Report on the cholera epidemic of
Year: 1868
Disease focus: Cholera
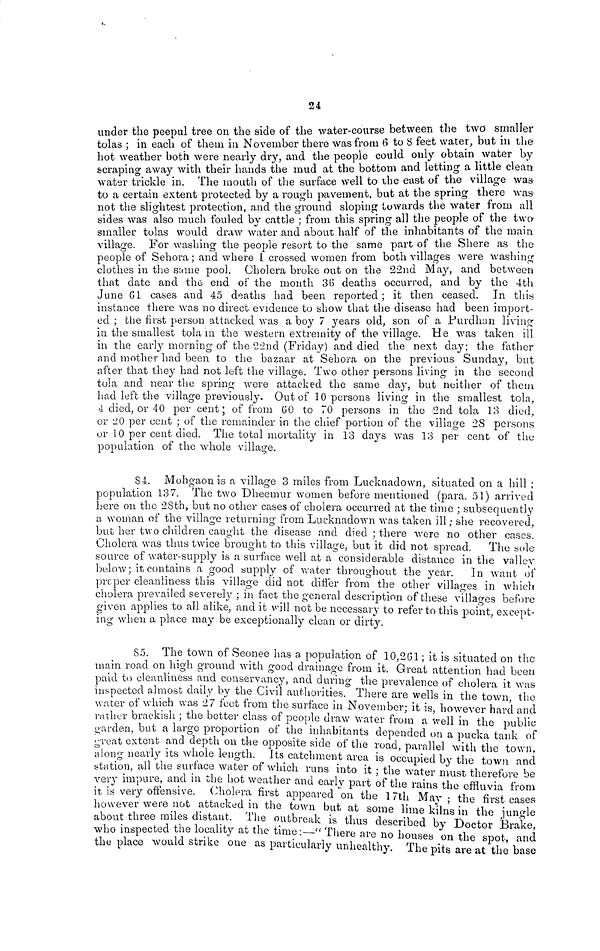
24
under the peepul tree on the side of the water-course between the two smaller
tolas ; in each of them in November there was from 6 to 8 feet water, but in the
hot weather both were nearly dry, and the people could only obtain water by
scraping away with their hands the mud at the bottom and letting a little clean
water trickle in. The mouth of the surface well to the east of the village was
to a certain extent protected by a rough pavement, but at the spring there was
not the slightest protection, and the ground sloping towards the water from all
sides was also much fouled by cattle ; from this spring all the people of the two
smaller tolas would draw water and about half of the inhabitants of the main
village. For washing the people resort to the same part of the Shere as the
people of Sehora ; and where 1 crossed women from both villages were washing
clothes in the same pool. Cholera broke out on the 22nd May, and between
that date and the end of the month 36 deaths occurred, and by the 4th
June 61 cases and 45 deaths had been reported ; it then ceased. In this
instance there was no direct evidence to show that the disease had been import-
ed ; the first person attacked was a boy 7 years old, son of a JPurdhan living
in the smallest tola in the western extremity of the village. He was taken ill
in the early morning of the 22nd (Friday) and died the next day; the father
and mother had been to the bazaar at Sehora on the previous Sunday, but
after that they had not left the village. Two other persons living in the second
tola and near the spring were attacked the same day, but neither of them
had left the village previously. Out of 10 persons living in the smallest tola,
4 died, or 40 per cent; of from 60 to 70 persons in the 2nd tola 13 died,
or 20 per cent ; of the remainder in the chief portion of the village 28 persons
or 10 per cent died. The total mortality in 13 days was 13 per cent of de-
population of the whole village.
84. Mohgaonis a village 3 miles from Lucknadown, situated on a hill ;
population 137. The two Dheemur women before mentioned (para. 51) arrived
here 011 the 28th, but no other cases of cholera occurred at the timo ; subsequently
a woman of the village returning from Lncknadown was taken ill ; she recovered,
but her two children caught the disease and died ; there were no other cases.
Cholera was thus twice brought to this village, but it did not spread. The sola
source of water-supply is a surface well at a considerable distance in the valley
below ; it contains a good supply of water throughout the year. In want of
preper cleanliness this village did not differ from the other villages in which
cholera prevailed severely ; in fact the general description of these villages before
given applies to all alike, and it will not be necessary to refer to this point, except-
ing when a place may be exceptionally clean or dirty.
85. The town of Seonee has a population of 10,261 ; it is situated on the
mam road on high ground with good drainage from it. Great attention had been
paid to cleanliness and conservancy, and during the prevalence of cholera it was
inspected almost daily by the Civil authorities. There are wells in the town the
water of which was 27 feet from the surface in November; it is, however hard and
rather brackish ; the better class of people draw water from a well in the public
onrderi, but a large proportion of the inhabitants depended on a pucka tank of
great extent and depth ou the opposite side of the road, parallel with the town,
along nearly its whole length. Its catchment area is occupied by the town and
station, all the surface water of which runs into it ; the water must therefore be
very impure, and in the hot weather and early part of the rains the effluvia from
it is very offensive. Cholera first appeared on the 17th May ; the first cases
however were not attacked in the town but at some lime klins in the jungle
about three miles distant. The outbreak is thus described by Doctor Brake
who inspected the locality at the time. There are no houses on the spot and
the place would strike one as particularly unhealthy. The pits are af the base